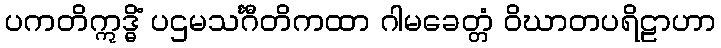
ပကတိဣဒ္ဓိံ ပဌမသင်္ဂီတိကထာ ဂါမခေတ္တံ ဝိဃာတပရိဠာဟာ